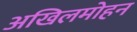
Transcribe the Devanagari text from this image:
अखिलमोहन